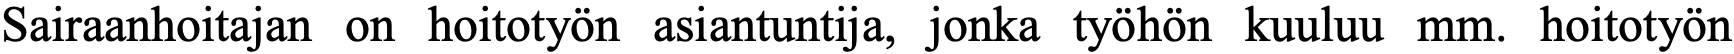
Sairaanhoitajan on hoitotyön asiantuntija, jonka työhön kuuluu mm. hoitotyön